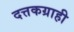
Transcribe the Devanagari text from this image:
दत्तकग्राही